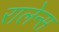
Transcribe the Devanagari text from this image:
रालेन्स